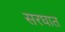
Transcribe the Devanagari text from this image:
सरघात